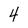
Character: 4